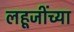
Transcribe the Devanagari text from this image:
लहूजींच्या